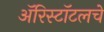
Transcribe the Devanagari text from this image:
ॲरिस्टॉटलचे